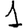
Digit: 1